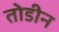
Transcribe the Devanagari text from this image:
तोडीन